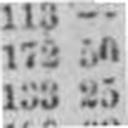
133 25